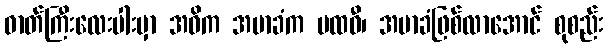
ဓာတ်ကြီးလေးပါးမှာ အဓိက အမာခံက ပထဝီ၊ အမာခံဖြစ်လာအောင် စုစည်း